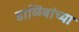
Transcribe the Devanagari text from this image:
डाळिंबांच्या